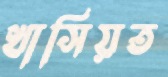
খাসিয়ত